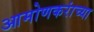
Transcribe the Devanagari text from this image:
आमोणकरांच्या